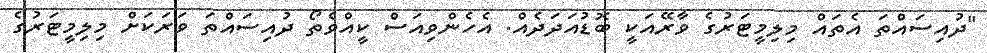
"ދުއިސައްތަ އެތައް މިލިމީޓަރުގެ ވާރޭއަކީ ބޮޑުއަދަދެއް. އެހެންވިއަސް ކީއްވެތޯ ދުއިސައްތަ ވަރަކަށް މިލިމީޓަރުގެ